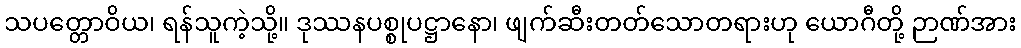
သပတ္တောဝိယ၊ ရန်သူကဲ့သို့။ ဒုဿနပစ္စုပဋ္ဌာနော၊ ဖျက်ဆီးတတ်သောတရားဟု ယောဂီတို့ ဉာဏ်အား